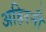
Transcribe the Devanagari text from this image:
अहिरनी